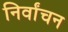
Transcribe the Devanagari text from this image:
निर्वांचन